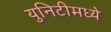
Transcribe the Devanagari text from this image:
युनिटीमध्ये